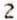
2